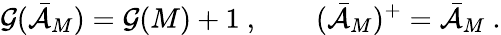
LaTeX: \mathcal{G}(\bar{{\cal{A}}}_{M})=\mathcal{G}(M)+1\ ,\qquad(\bar{{\cal{A}}}_{M})^{+}=\bar{{\cal{A}}}_{M}\ .